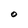
Character: O